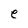
Character: e